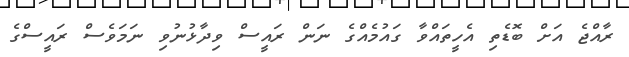
ރާއްޖެ އަށް ބޮޑެތި އެހީތައްވާ ގައުމެއްގެ ނަން ރައީސް ވިދާޅުނުވި ނަމަވެސް ރައީސްގެ